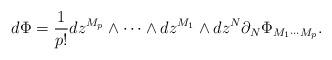
LaTeX: \begin{align*} d\Phi = \frac{1}{p!} dz^{M_p} \wedge \cdots \wedge dz^{M_1} \wedge dz^N \partial_N \Phi_{M_1\cdots M_p}.\end{align*}